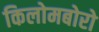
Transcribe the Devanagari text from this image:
किलोमबोरो